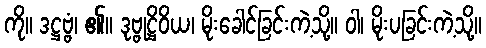
ကို။ ဒဋ္ဌဗ္ဗံ၊ ၏။ ဒုဗ္ဗုဋ္ဌိဝိယ၊ မိုးခေါင်ခြင်းကဲ့သို့။ ဝါ၊ မိုးပခြင်းကဲ့သို့။